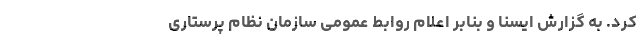
کرد. به گزارش ایسنا و بنابر اعلام روابط عمومی سازمان نظام پرستاری